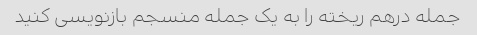
جمله درهم ریخته را به یک جمله منسجم بازنویسی کنید